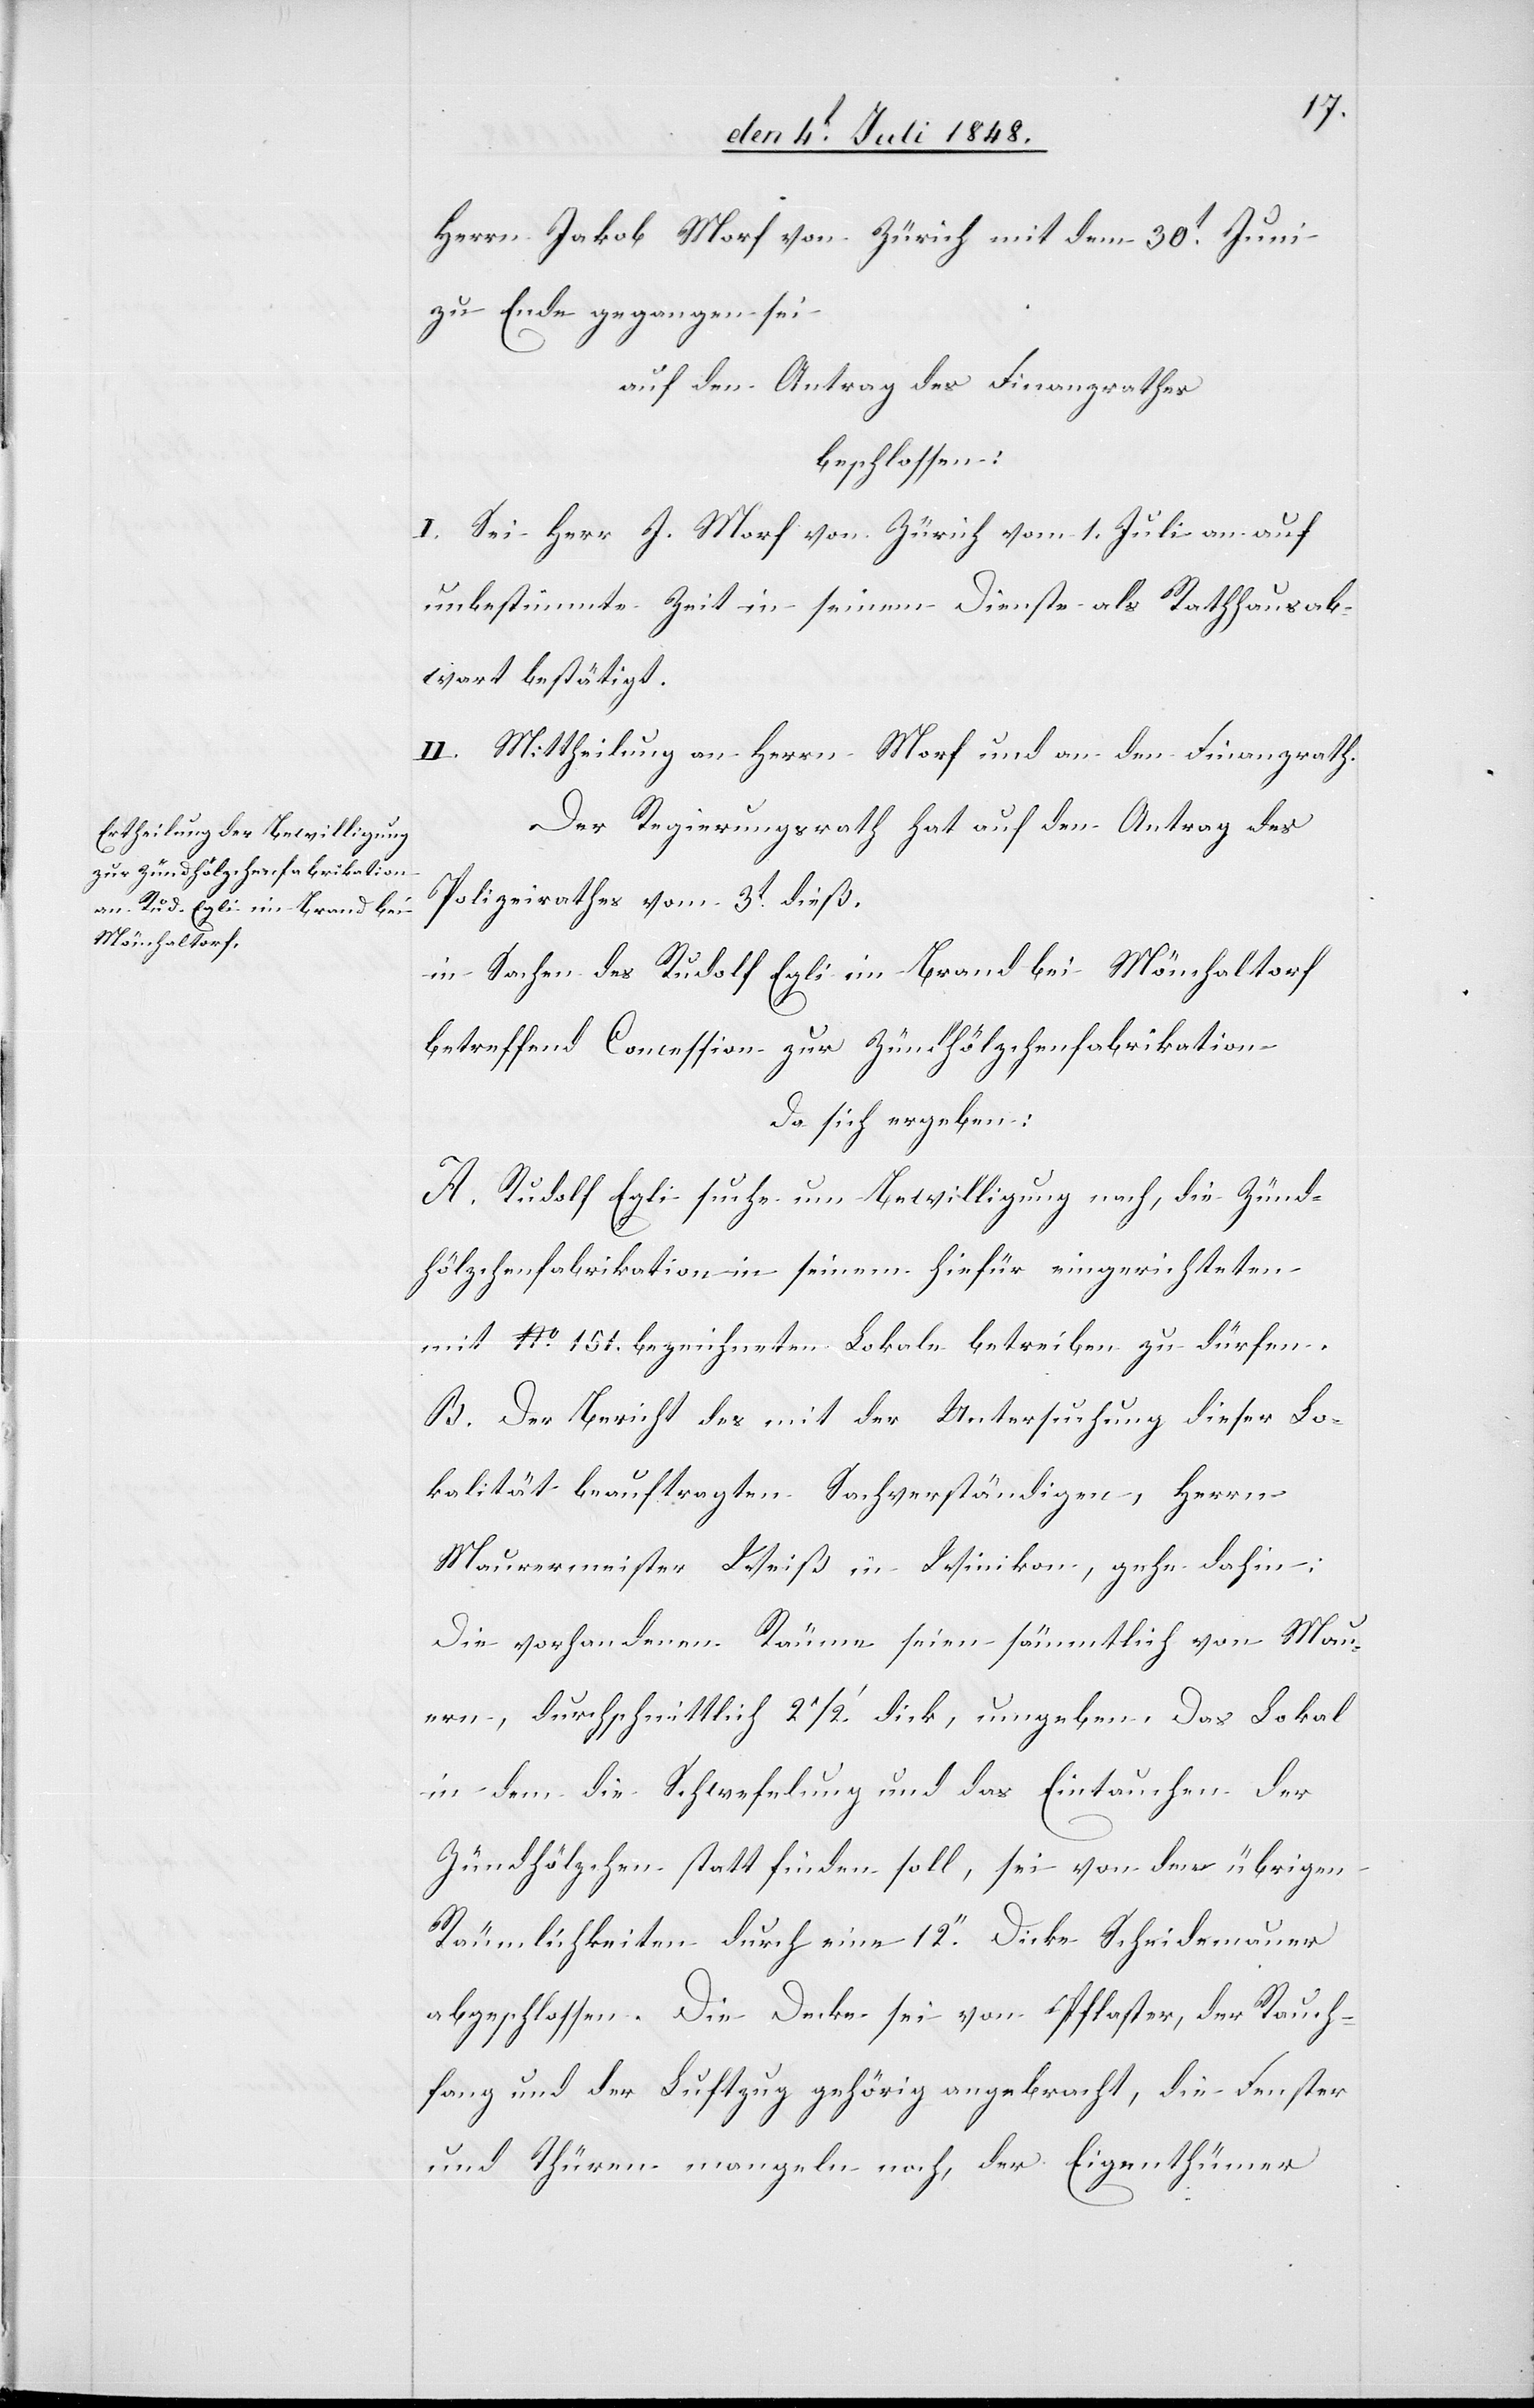
Herrn Jakob Morf von Zürich mit dem 30t Juni
zu Ende gegangen sei
auf den Antrag des Finanzrathes
beschlossen:
I. Sei Herr J. Morf von Zürich vom 1. Juli an auf
unbestimmte Zeit in seinem Dienste als Rathhausab¬
wart bestätigt.
II. Mittheilung an Herrn Morf und an den Finanzrath.
Der Regierungsrath hat auf den Antrag des
Polizeirathes vom 3t dieß
in Sachen des Rudolf Egli im Brand bei Mönchaltorf
betreffend Concession zur Zündhölzchenfabrikation
da sich ergeben:
A. Rudolf Egli suche um Bewilligung nach, die Zünd¬
hölzchenfabrikation in seinem hiefür eingerichteten
mit No 151. bezeichneten Lokale betreiben zu dürfen.
B. Der Bericht des mit der Untersuchung dieser Lo¬
kalität beauftragten Sachverständigen, Herrn
Maurermeister Weiß in Winikon, gehe dahin:
Die vorhandenen Räume seien sämmtlich von Mau¬
ern, durchschnittlich 21/2.’ dick, umgeben. Das Lokal
in dem die Schwefelung und das Eintauchen der
Zündhölzchen statt finden soll, sei von den übrigen
Räumlichkeiten durch eine 12.’’ Dicke Scheidemauer
abgeschlossen. Die Decke sei von Pflaster, der Rauch¬
fang und der Luftzug gehörig angebracht, die Fenster
und Thüren mangeln noch, der Eigenthümer